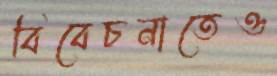
বিবেচনাতেও